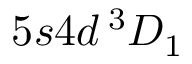
5 s 4 d \, ^ { 3 } D _ { 1 }